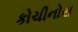
કોચીનોસ